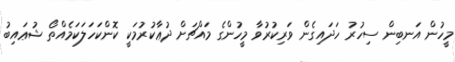
މީހުން އަނބިން ސިހުރު ހަދައިގެން ވަރިކުރުވާ މީހުންގެ މައްޗަށް ދުޢާކުރުމަކީ ކޮންކަހަލަކަމެއްތޯ ޝުޢައިބު